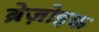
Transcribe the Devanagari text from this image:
ब्रेज़ोइक